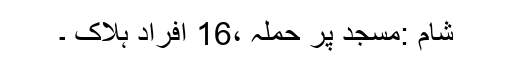
شام :مسجد پر حملہ ،16 افراد ہلاک ۔